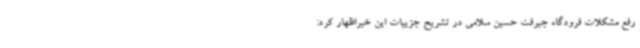
رفع مشکلات فرودگاه جیرفت حسین سلامی در تشریح جزییات این خبراظهار کرد: